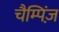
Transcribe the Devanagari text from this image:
चैम्पिंज़